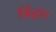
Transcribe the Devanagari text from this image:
सिंद्धात